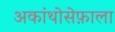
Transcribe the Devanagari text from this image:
अकांथोसेफ़ाला